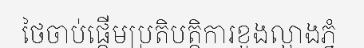
ថៃចាប់ផ្តើមប្រតិបត្តិការខួងល្អាងភ្នំ